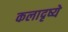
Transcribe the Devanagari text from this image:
कलादृष्ये